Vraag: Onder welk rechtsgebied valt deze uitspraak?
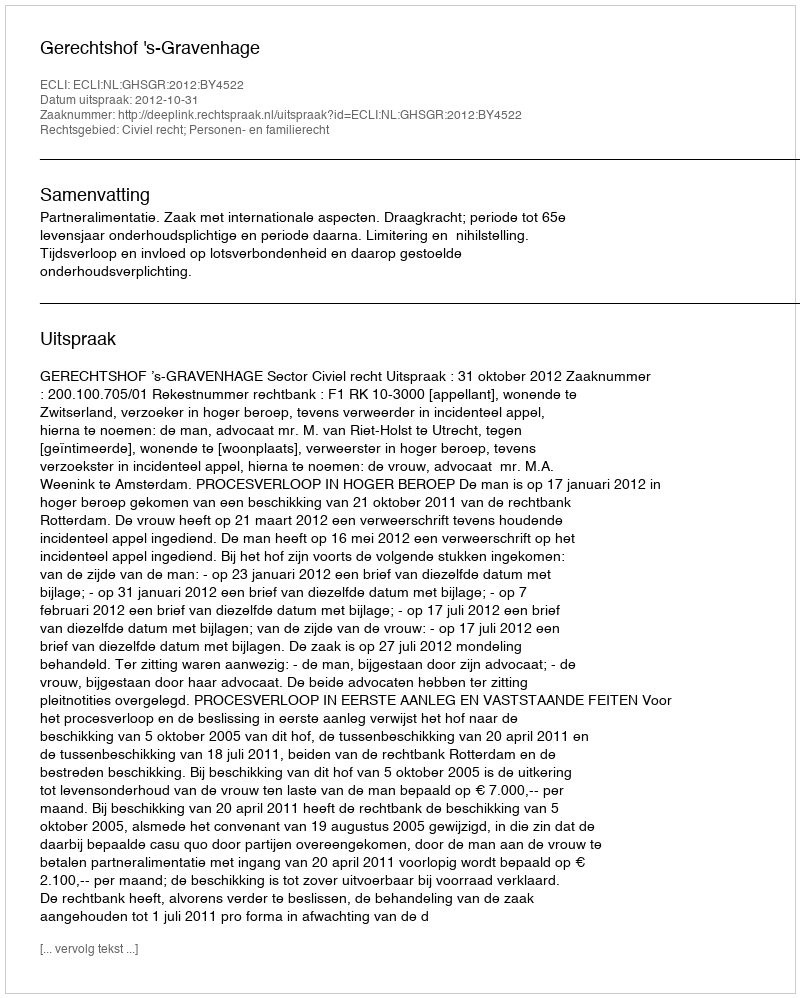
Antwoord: Civiel recht; Personen- en familierecht